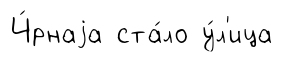
Ч́рнаjа ста́ло у́л'ица